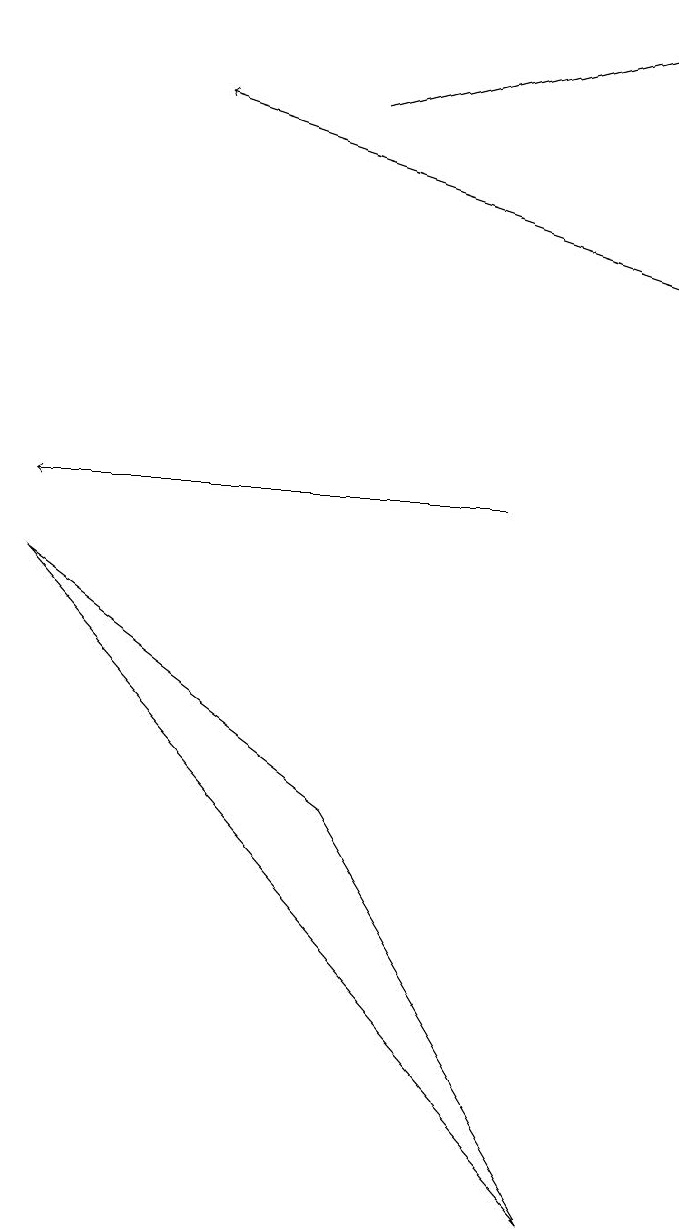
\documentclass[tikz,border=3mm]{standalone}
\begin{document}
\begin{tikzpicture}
\draw (0,9) -- (4,6) -- (7,1) -- cycle;
\draw[->] (8,13) -- (2,15);
\draw[->] (4,15) -- (8,16);
\draw[->] (6,10) -- (0,10);
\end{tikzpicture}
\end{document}